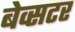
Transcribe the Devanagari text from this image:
बेव्सटर